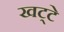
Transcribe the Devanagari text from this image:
खट्‌टे